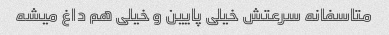
متاسفانه سرعتش خیلی پایین و خیلی هم داغ میشه